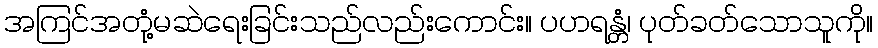
အကြင်အတုံ့မဆဲရေးခြင်းသည်လည်းကောင်း။ ပဟရန္တံ၊ ပုတ်ခတ်သောသူကို။